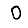
Digit: 0